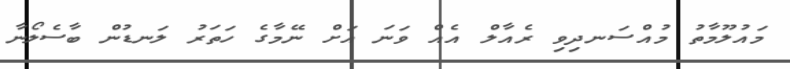
މައުލޫމާތު މުއްސަނދިވި ރެއާލް އެއް ވަނަ އަށް ނޭމާގެ ހަތަރު ލަނޑުން ބާސެލޯނާ